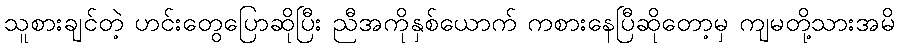
သူစားချင်တဲ့ ဟင်းတွေပြောဆိုပြီး ညီအကိုနှစ်ယောက် ကစားနေပြီဆိုတော့မှ ကျမတို့သားအမိ